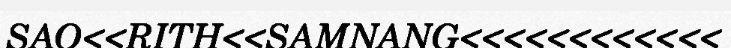
SAO<<RITH<<SAMNANG<<<<<<<<<<<<